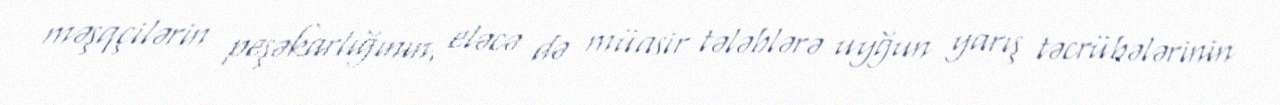
məşqçilərin peşəkarlığının, eləcə də müasir tələblərə uyğun yarış təcrübələrinin